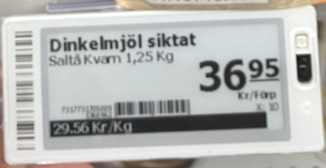
Vara: Dinkelmjöl siktat
Genomsnittspris: 29.56 per kg